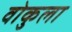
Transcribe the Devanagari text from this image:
वोकुला